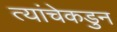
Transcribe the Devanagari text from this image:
त्यांचेकडुन